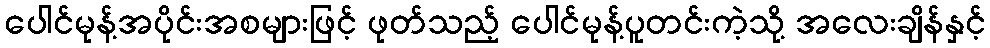
ပေါင်မုန့်အပိုင်းအစများဖြင့် ဖုတ်သည့် ပေါင်မုန့်ပူတင်းကဲ့သို့ အလေးချိန်နှင့်